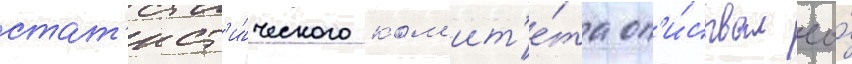
стат'ист'и́ческого ком'ит'е́та оп'и́сывал ео́